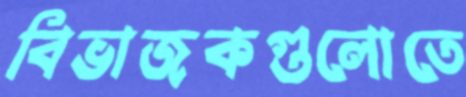
বিভাজকগুলোতে